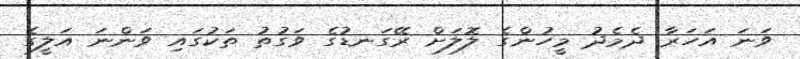
ވަނަ އަހަރާ ދެމެދު މީހުންގެ ލޮލަށް ރޭގަނޑުގެ ވަގުތު ތަކުގައި ވަންނަ އަލީގެ